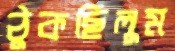
ঠুকছিলুম